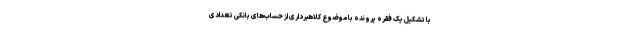
با تشکیل یک فقره پرونده با موضوع کلاهبرداری از حساب‌های بانکی تعدادی